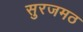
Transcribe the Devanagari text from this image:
सुरजमठ